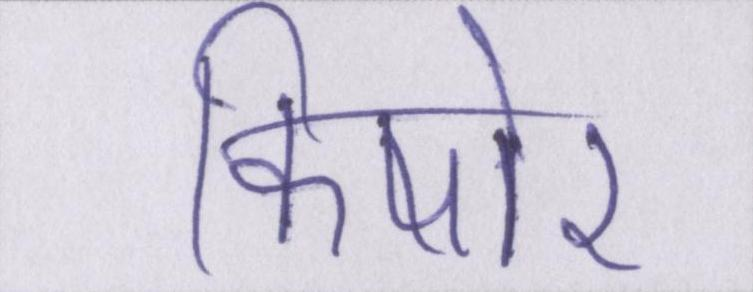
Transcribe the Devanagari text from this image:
किषोर